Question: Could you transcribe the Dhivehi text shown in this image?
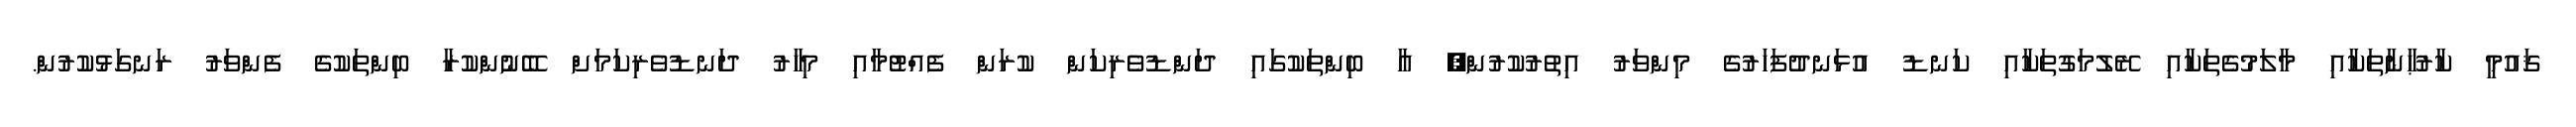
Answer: ޤައުމީ ކާރުޙާނާތަކާއި މާލަމުގެތަކާއި ރޭލުމަގުތަކާއި ކަނޑު އުޅަނދުފަހަރުގެ މިންވަރު އިތުރުކުރުން; އާ ބިންތަކުގައި ދަންޑުވެރިކަން ކުރަން ފެއްޓުމާއި މިހާރު ދަނޑުވެރިކަމަށް ބޭނުންކުރާ ބިންތަކުގެ ފެންވަރު ރަނގަޅުކުރުން.